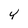
Character: Y